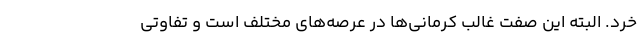
خُرد. البته این صفت غالب کرمانی‌ها در عرصه‌های مختلف است و تفاوتی